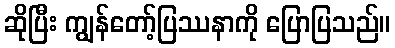
ဆိုပြီး ကျွန်တော့်ပြဿနာကို ပြောပြသည်။